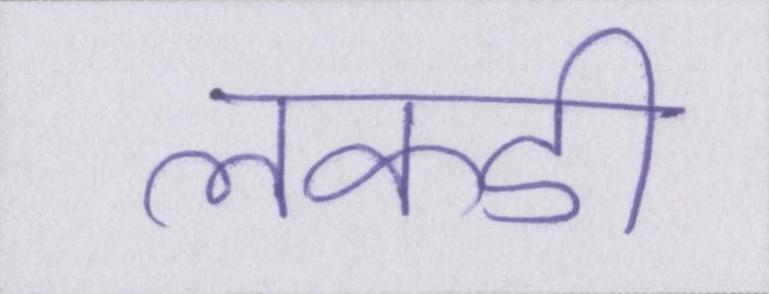
लकडी